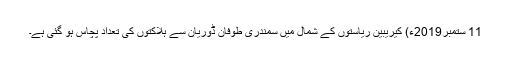
11 ستمبر2019ء) کیریبین ریاستوں کے شمال میں سمندری طوفان ڈوریان سے ہلاکتوں کی تعداد پچاس ہو گئی ہے۔